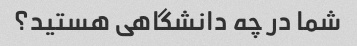
شما در چه دانشگاهی هستید؟